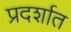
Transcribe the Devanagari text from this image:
प्रदर्शात